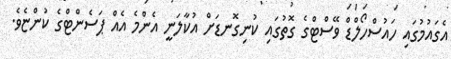
އެގައުމުގައި ހައުސްހޯލްޑް ވޭސްޓްގެ ގޮތުގައި ކުނިގޮނޑަށް އުކާލަނީ އެންމެ އެއް ޕަސެންޓްގެ ކުންޏެވެ.